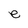
Character: e